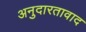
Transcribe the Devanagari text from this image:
अनुदारतावाद